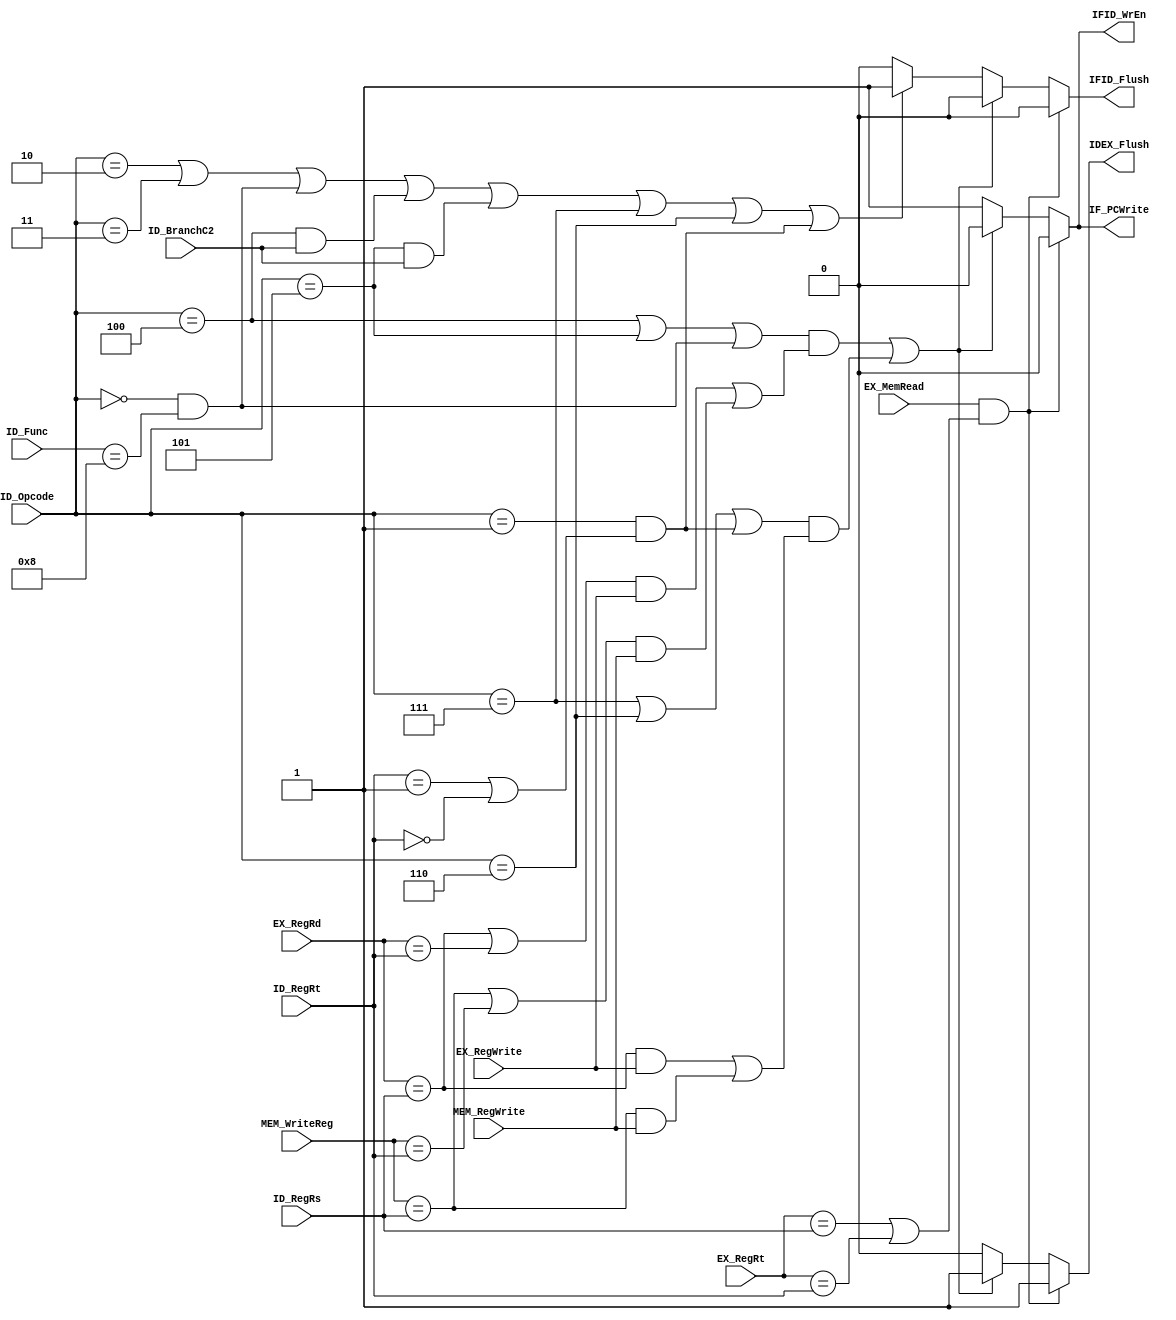
`timescale 1ns / 1ps

module HazardDetectionV2(ID_Opcode, ID_Func, ID_RegRs, ID_RegRt, EX_MemRead, EX_RegRt,
                        ID_BranchC2, EX_RegRd, MEM_WriteReg, EX_RegWrite, MEM_RegWrite, IF_PCWrite,
                        IDEX_Flush, IFID_Flush, IFID_WrEn);

    input [5:0] ID_Opcode, ID_Func;
    input [4:0] ID_RegRs, ID_RegRt, EX_RegRt, EX_RegRd, MEM_WriteReg;
    input EX_MemRead, ID_BranchC2, EX_RegWrite, MEM_RegWrite;
    output reg IF_PCWrite, IDEX_Flush, IFID_Flush, IFID_WrEn;
    
    always @(ID_Opcode, ID_Func, ID_RegRs, ID_RegRt, EX_MemRead, MEM_WriteReg, EX_RegWrite, EX_RegRt, ID_BranchC2, EX_RegRd, MEM_RegWrite) begin
        
        //load-use dependency
        if (( EX_MemRead == 1'b1 ) && (( EX_RegRt == ID_RegRs ) || ( EX_RegRt == ID_RegRt )))
        begin
            IDEX_Flush <= 1'b1;
            IF_PCWrite <= 1'b0;
            IFID_Flush <= 1'b0;
            IFID_WrEn <= 1'b0;
        end
        
        //branches or jr dependent on previous instruction(s) (visually seperated into normal branches and bgtz blez etc)
        else if ((( ID_Opcode == 6'b000100 ) || ( ID_Opcode == 6'b000101 ) || (( ID_Opcode == 6'b000000 ) && ( ID_Func == 6'b001000 ))) 
                && ((( EX_RegRd == ID_RegRs || EX_RegRd == ID_RegRt ) && ( EX_RegWrite == 1'b1 )) ||
                (( MEM_WriteReg == ID_RegRs || MEM_WriteReg == ID_RegRt ) && ( MEM_RegWrite == 1'b1 ))) ||
                
                ((( ID_Opcode == 6'b000111 ) || ( ID_Opcode == 6'b000110 ) || (( ID_Opcode == 6'b000001 ) && (( ID_RegRt == 5'b00001 ) ||
                ( ID_RegRt == 5'b00000 )))) && ((( EX_RegRd == ID_RegRs ) && ( EX_RegWrite == 1'b1 )) ||
                (( MEM_WriteReg == ID_RegRs ) && ( MEM_RegWrite == 1'b1 )))))
        begin
            IDEX_Flush <= 1'b1;
            IF_PCWrite <= 1'b0;
            IFID_Flush <= 1'b0;
            IFID_WrEn <= 1'b0;
        end
        
        //any branch or jr not dependent on prev instr, along with j and jal (visually seperated same way)
        else if (( ID_Opcode == 6'b000010 ) || ( ID_Opcode == 6'b000011 ) || (( ID_Opcode == 6'b000000 ) && ( ID_Func == 6'b001000 )) || 
                (( ID_Opcode == 6'b000100 ) && ( ID_BranchC2 == 1'b1 )) || (( ID_Opcode == 6'b000101 ) && ( ID_BranchC2 == 1'b1 )) ||
                
                ( ID_Opcode == 6'b000111 ) || ( ID_Opcode == 6'b000110 ) || (( ID_Opcode == 6'b000001 ) && (( ID_RegRt == 5'b00001 ) ||
                ( ID_RegRt == 5'b00000 ))))
        begin
            
            IDEX_Flush <= 1'b0;
            IF_PCWrite <= 1'b1;
            IFID_Flush <= 1'b1;
            IFID_WrEn <= 1'b1;
            
        end
        
        //default
        else begin
            IDEX_Flush <= 1'b0;
            IF_PCWrite <= 1'b1;
            IFID_Flush <= 1'b0;
            IFID_WrEn <= 1'b1;
        end
    end
    
endmodule